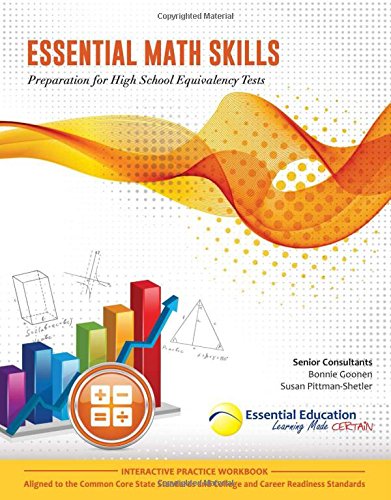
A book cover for Essential Math Skills, Preparation for High School Equivalency Tests; Teresa Perrin; Test Preparation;